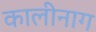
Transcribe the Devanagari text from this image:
कालीनाग